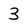
Character: 3